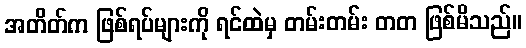
အတိတ်က ဖြစ်ရပ်များကို ရင်ထဲမှ တမ်းတမ်း တတ ဖြစ်မိသည်။